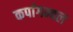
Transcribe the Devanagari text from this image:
कर्पागम्बल